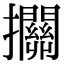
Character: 𢺄